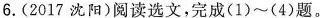
6.(2017沈阳)阅读选文，完成(1)~(4)题。